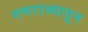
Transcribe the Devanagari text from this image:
गणराज्यातून